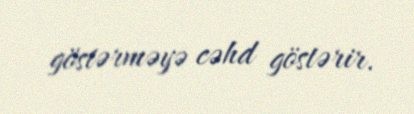
göstərməyə cəhd göstərir.